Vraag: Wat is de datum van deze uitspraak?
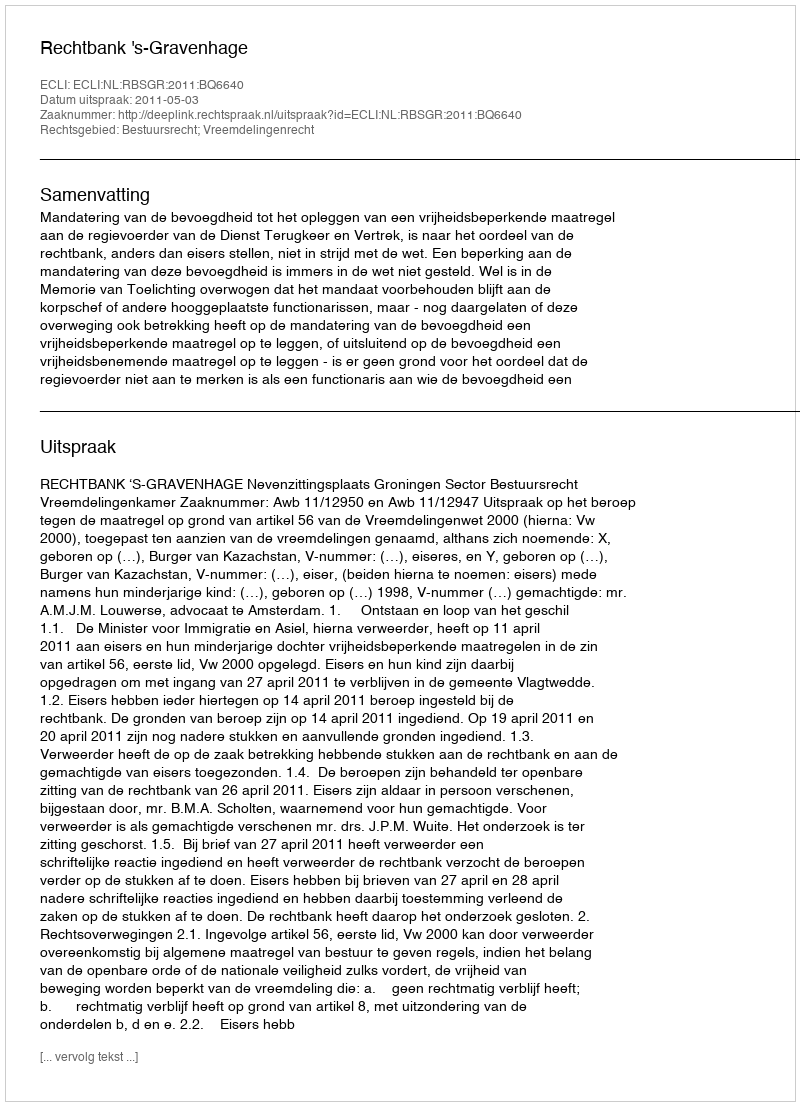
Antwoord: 2011-05-03